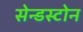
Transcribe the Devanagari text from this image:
सेन्डस्टोन